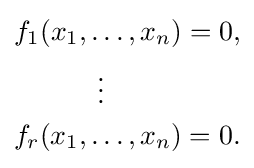
{\begin{aligned}&f_{1}(x_{1},\ldots ,x_{n})=0,\\&\qquad \quad \vdots \\&f_{r}(x_{1},\dots ,x_{n})=0.\end{aligned}}